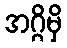
အဂ္ဂိမှိ